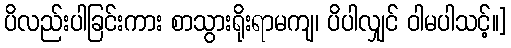
ပိလည်းပါခြင်းကား စာသွားရိုးရာမကျ၊ ပိပါလျှင် ဝါမပါသင့်။]